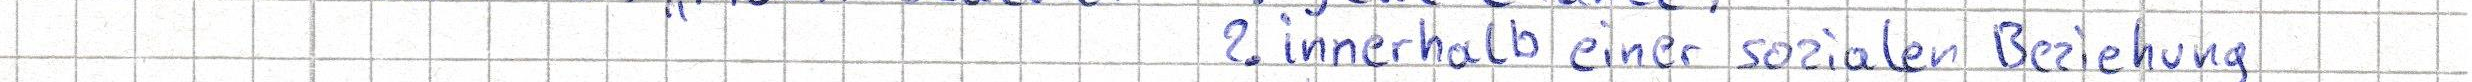
2. innerhalb einer sozialen Beziehung